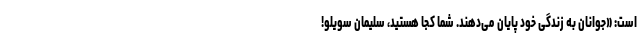
است: «جوانان به زندگی خود پایان می‌دهند. شما کجا هستید، سلیمان سویلو!